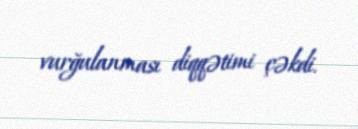
vurğulanması diqqətimi çəkdi.